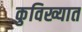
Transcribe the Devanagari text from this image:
कुविख्यात